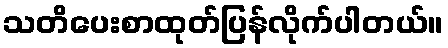
သတိပေးစာထုတ်ပြန်လိုက်ပါတယ်။